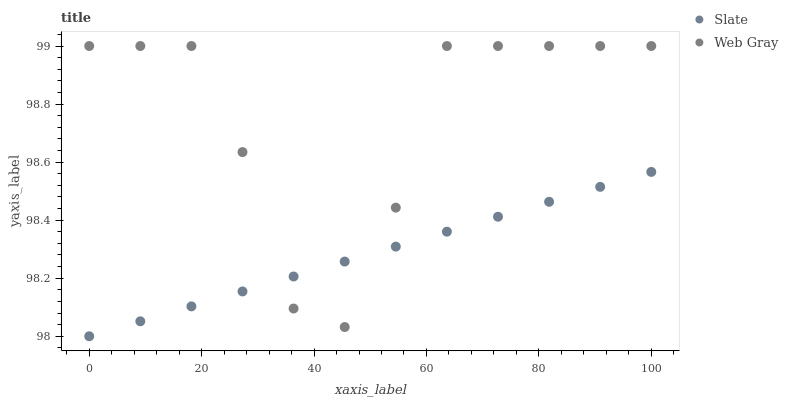
| xaxis_label | Slate | Web Gray |
 | --- | --- | --- |
 | 0 | 98 | 99 |
 | 9.09 | 98.1 | 99 |
 | 18.2 | 98.1 | 99 |
 | 27.3 | 98.2 | 98.6 |
 | 36.4 | 98.2 | 98.1 |
 | 45.5 | 98.3 | 98 |
 | 54.5 | 98.3 | 98.4 |
 | 63.6 | 98.4 | 99 |
 | 72.7 | 98.4 | 99 |
 | 81.8 | 98.5 | 99 |
 | 90.9 | 98.5 | 99 |
 | 100 | 98.6 | 99 |